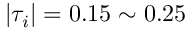
| \tau _ { i } | = 0 . 1 5 \sim 0 . 2 5